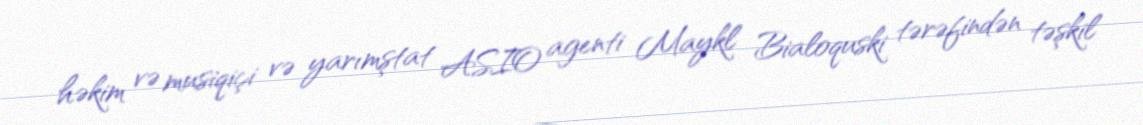
həkim və musiqiçi və yarımştat ASIO agenti Maykl Bialoquski tərəfindən təşkil